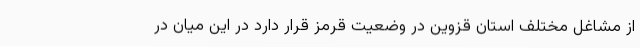
از مشاغل مختلف استان قزوین در وضعیت قرمز قرار دارد در این میان در